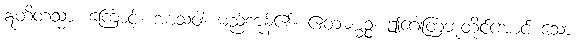
ဣတိတသ္မာ၊ ကြောင့်။ အာသဝါ၊ မည်ကုန်၏။ ဧတံဓမ္မဉ္စ၊ ဤဂေါတြဘူတိုင်အောင် သော